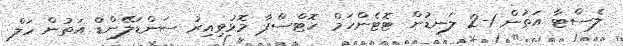
ލެސްޓާ އަތުން 1-2 ލަނޑުން ޓޮޓެންހަމް ހޮޓްސްޕާ މޮޅުވިއިރު ސަންޑަލޭންޑް އަތުން ހަލް